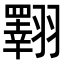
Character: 𦒡